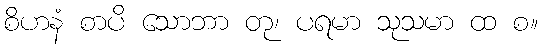
စိဟနံ စာပိ သောဘာ တု၊ ပရမာ သုသမာ ထ စ။